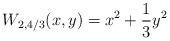
LaTeX: \begin{align*}W_{2,4/3}(x,y) = x^2+\frac{1}{3}y^2\end{align*}